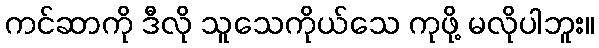
ကင်ဆာကို ဒီလို သူသေကိုယ်သေ ကုဖို့ မလိုပါဘူး။